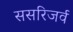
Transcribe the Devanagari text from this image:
ससरिजर्व